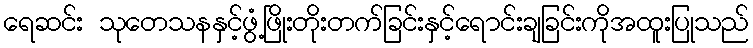
ရေဆင်း သုတေသနနှင့်ဖွံ့ဖြိုးတိုးတက်ခြင်းနှင့်ရောင်းချခြင်းကိုအထူးပြုသည်